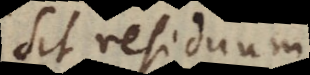
sit residuum